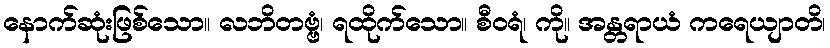
နောက်ဆုံးဖြစ်သော။ လဘိတဗ္ဗံ၊ ရထိုက်သော။ စီဝရံ၊ ကို။ အန္တရာယံ ကရေယျာတိ၊